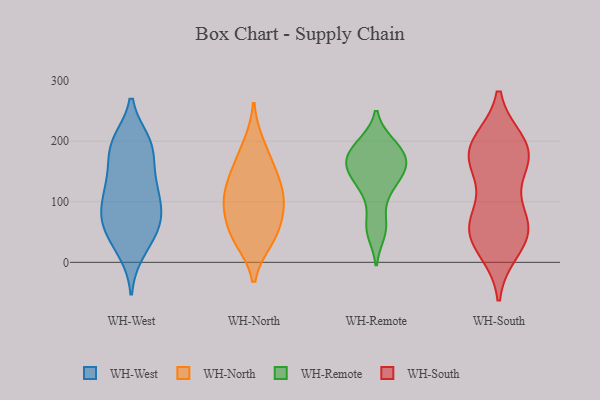
{"axis": {"x": "Satisfaction Score", "y": "Value"}, "legend": ["WH-North", "WH-Remote", "WH-South", "WH-West"], "data": [{"x": "", "y": 25, "type": "WH-West"}, {"x": "", "y": 65, "type": "WH-West"}, {"x": "", "y": 18, "type": "WH-West"}, {"x": "", "y": 118, "type": "WH-West"}, {"x": "", "y": 199, "type": "WH-West"}, {"x": "", "y": 197, "type": "WH-West"}, {"x": "", "y": 194, "type": "WH-West"}, {"x": "", "y": 107, "type": "WH-West"}, {"x": "", "y": 140, "type": "WH-West"}, {"x": "", "y": 79, "type": "WH-West"}, {"x": "", "y": 102, "type": "WH-West"}, {"x": "", "y": 195, "type": "WH-West"}, {"x": "", "y": 125, "type": "WH-West"}, {"x": "", "y": 73, "type": "WH-West"}, {"x": "", "y": 71, "type": "WH-West"}, {"x": "", "y": 183, "type": "WH-West"}, {"x": "", "y": 53, "type": "WH-West"}, {"x": "", "y": 54, "type": "WH-West"}, {"x": "", "y": 149, "type": "WH-West"}, {"x": "", "y": 37, "type": "WH-North"}, {"x": "", "y": 41, "type": "WH-North"}, {"x": "", "y": 104, "type": "WH-North"}, {"x": "", "y": 119, "type": "WH-North"}, {"x": "", "y": 146, "type": "WH-North"}, {"x": "", "y": 55, "type": "WH-North"}, {"x": "", "y": 87, "type": "WH-North"}, {"x": "", "y": 194, "type": "WH-North"}, {"x": "", "y": 98, "type": "WH-North"}, {"x": "", "y": 157, "type": "WH-North"}, {"x": "", "y": 196, "type": "WH-Remote"}, {"x": "", "y": 165, "type": "WH-Remote"}, {"x": "", "y": 139, "type": "WH-Remote"}, {"x": "", "y": 161, "type": "WH-Remote"}, {"x": "", "y": 48, "type": "WH-Remote"}, {"x": "", "y": 137, "type": "WH-Remote"}, {"x": "", "y": 175, "type": "WH-Remote"}, {"x": "", "y": 197, "type": "WH-Remote"}, {"x": "", "y": 166, "type": "WH-Remote"}, {"x": "", "y": 64, "type": "WH-Remote"}, {"x": "", "y": 112, "type": "WH-Remote"}, {"x": "", "y": 154, "type": "WH-South"}, {"x": "", "y": 22, "type": "WH-South"}, {"x": "", "y": 65, "type": "WH-South"}, {"x": "", "y": 187, "type": "WH-South"}, {"x": "", "y": 61, "type": "WH-South"}, {"x": "", "y": 182, "type": "WH-South"}, {"x": "", "y": 161, "type": "WH-South"}, {"x": "", "y": 35, "type": "WH-South"}, {"x": "", "y": 66, "type": "WH-South"}, {"x": "", "y": 173, "type": "WH-South"}, {"x": "", "y": 72, "type": "WH-South"}, {"x": "", "y": 42, "type": "WH-South"}, {"x": "", "y": 196, "type": "WH-South"}, {"x": "", "y": 197, "type": "WH-South"}]}